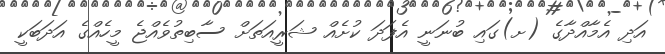
އަދި އެމާއްދާގެ (ށ)ގައި ބުނަނީ އެފަދަ ކުށެއް ޝަރީއަތަށް ސާބިތުވެއްޖެ މީހެއްގެ އަދަބަކީ